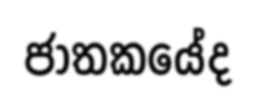
ජාතකයේද